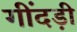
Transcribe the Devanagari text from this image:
गींदड़ी